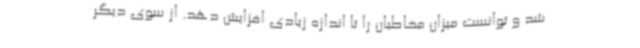
شد و توانست میزان مخاطبان را تا اندازه زیادی افزایش دهد. از سوی دیگر